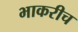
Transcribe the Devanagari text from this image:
भाकरीच